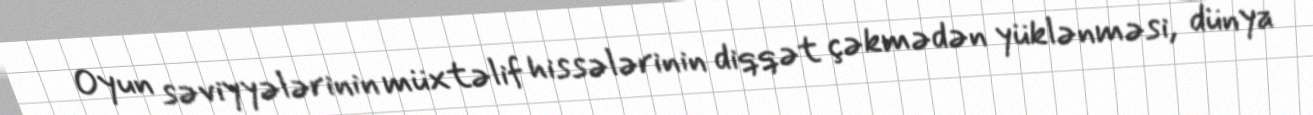
Oyun səviyyələrinin müxtəlif hissələrinin diqqət çəkmədən yüklənməsi, dünya